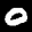
Label: 0